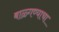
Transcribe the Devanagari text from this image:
बाळ्गण्याचा